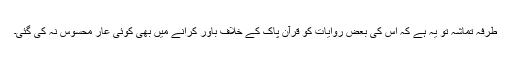
طرفہ تماشہ تو یہ ہے کہ اس کی بعض روایات کو قرآن پاک کے خلاف باور کرانے میں بھی کوئی عار محسوس نہ کی گئی۔